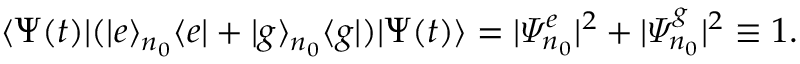
\langle \Psi ( t ) | ( | e \rangle _ { n _ { 0 } } \langle e | + | g \rangle _ { n _ { 0 } } \langle g | ) | \Psi ( t ) \rangle = | \varPsi _ { n _ { 0 } } ^ { e } | ^ { 2 } + | \varPsi _ { n _ { 0 } } ^ { g } | ^ { 2 } \equiv 1 .